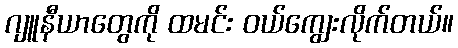
ဂျူနီယာတွေကို ထမင်း ဝယ်ကျွေးလိုက်တယ်။